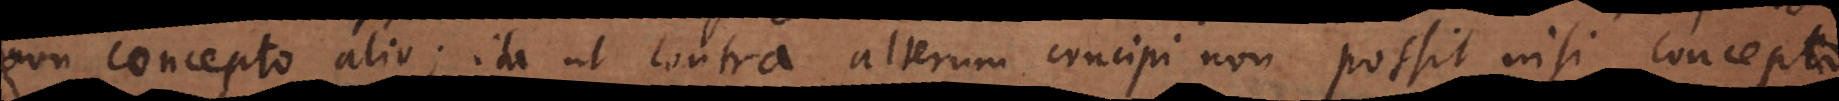
non concepto alio; ita ut contra alterum concipi non possit nisi concept